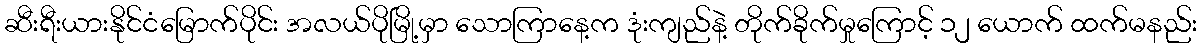
ဆီးရီးယားနိုင်ငံမြောက်ပိုင်း အလယ်ပိုမြို့မှာ သောကြာနေ့က ဒုံးကျည်နဲ့ တိုက်ခိုက်မှုကြောင့် ၁၂ ယောက် ထက်မနည်း